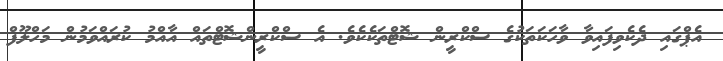
އެޕްގައި ދެކެވިފައިވާ ވާހަކަތަކުގެ ސްކްރީން ޝޮޓްތަކެކެވެ. އެ ސްކްރީންޝޮޓްތައް އާއްމު ކުރައްވަމުން މަހްލޫފް